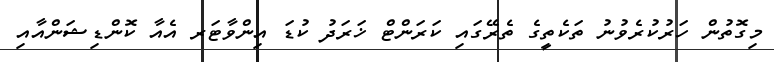
މިގޮތުން ހަރުކުރެވުނު ތަކެތީގެ ތެރޭގައި ކަރަންޓް ޚަރަދު ކުޑަ އިންވާޓަރ އެއާ ކޮންޑިޝަންއާއި